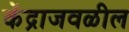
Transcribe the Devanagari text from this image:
केंद्राजवळील